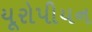
યૂરોપીયન